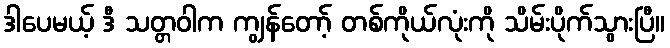
ဒါပေမယ့် ဒီ သတ္တဝါက ကျွန်တော့် တစ်ကိုယ်လုံးကို သိမ်းပိုက်သွားပြီ။